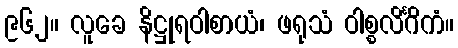
၉၆၂။ လူခေ နိဋ္ဌုရဝါစာယံ၊ ဖရုသံ ဝါစ္စလိင်္ဂိကံ။